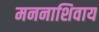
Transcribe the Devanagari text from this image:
मननाशिवाय